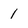
Character: 1